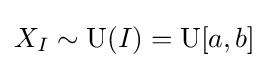
X_{I}\sim \operatorname {U} (I)=\operatorname {U} [a,b]